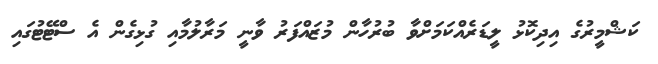
ކަޝްމީރުގެ އިދިކޮޅު ލީޑަރެއްކަމަށްވާ ބުރުހާން މުޒައްފަރު ވާނީ މަރާލުމާއި ގުޅިގެން އެ ސްޓޭޓުގައި